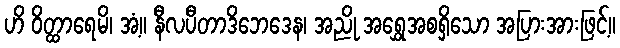
ဟိ ဝိတ္ထာရေမိ၊ အံ့။ နီလပီတာဒိဘေဒေန၊ အညို အရွှေအစရှိသော အပြားအားဖြင့်။